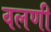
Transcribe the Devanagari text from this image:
वलणी